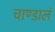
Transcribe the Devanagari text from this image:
चाण्डालं